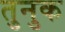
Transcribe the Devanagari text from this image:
तुनुक